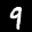
Label: 9